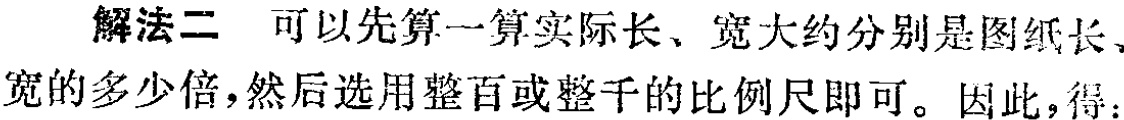
解法二 可以先算一算实际长、宽大约分别是图纸长、宽的多少倍，然后选用整百或整千的比例尺即可。因此，得：